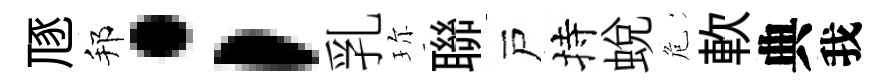
豗邦；乳珎聯戸持蛻危軟典我